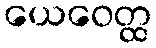
ယေဝေတ္ထ